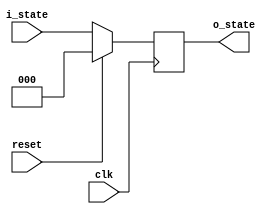
`timescale 1ns / 1ps

module DFlipFlop(i_state, reset, clk, o_state);
    input [2:0]i_state;
    input reset, clk;
    output reg[2:0]o_state;
    
    always @(posedge clk) begin
        if (reset) o_state = 3'b000;
        else o_state = i_state;
    end

endmodule